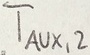
Text: TAUX,2